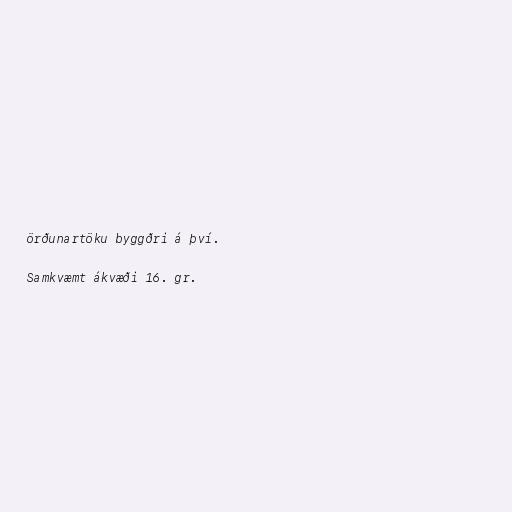
örðunartöku byggðri á því.

Samkvæmt ákvæði 16. gr.